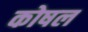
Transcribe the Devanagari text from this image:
कोषल